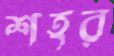
শহর